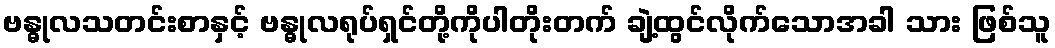
ဗန္ဓုလသတင်းစာနှင့် ဗန္ဓုလရုပ်ရှင်တို့ကိုပါတိုးတက် ချဲ့ထွင်လိုက်သောအခါ သား ဖြစ်သူ